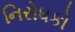
નિરોધકો